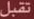
تقبل